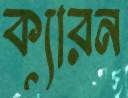
ক্যারন